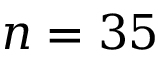
n = 3 5